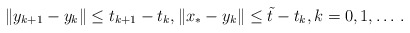
\begin{align*} \|y_{k+1}-y_k\|\leq {t}_{k+1}-{t}_k, \|x_{*}-y_k\|\leq {\tilde t}-{t}_k, k= 0,1, \ldots \,. \end{align*}